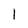
Character: l